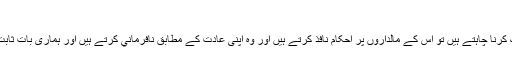
۱۶)
”جب ہم کسى قريہ کو اس کي بد اعماليوں کى بنا پر ہلاک کرنا چاہتے ہيں تو اس کے مالداروں پر احکام نافذ کرتے ہيں اور وہ اپنى عادت کے مطابق نافرماني کرتے ہيں اور ہمارى بات ثابت ہو جاتى ہے تو ہم انھيں بالکل تباہ و برباد کر ديتے ہيں۔